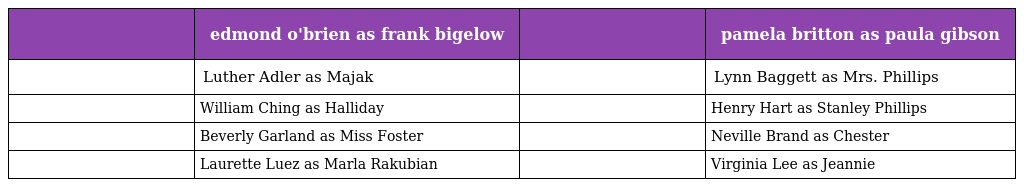
|  | edmond o'brien as frank bigelow |  | pamela britton as paula gibson |
 | --- | --- | --- | --- |
 |  | Luther Adler as Majak |  | Lynn Baggett as Mrs. Phillips |
 |  | William Ching as Halliday |  | Henry Hart as Stanley Phillips |
 |  | Beverly Garland as Miss Foster |  | Neville Brand as Chester |
 |  | Laurette Luez as Marla Rakubian |  | Virginia Lee as Jeannie |